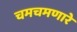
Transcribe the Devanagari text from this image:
चमचमणारे